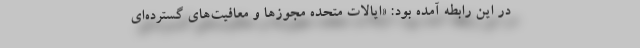
در این رابطه آمده بود: «ایالات متحده مجوزها و معافیت‌های گسترده‌ای